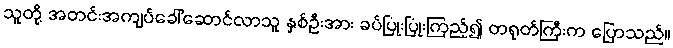
သူတို့ အတင်းအကျပ်ခေါ်ဆောင်လာသူ နှစ်ဦးအား ခပ်ပြုံးပြုံးကြည့်၍ တရုတ်ကြီးက ပြောသည်။